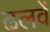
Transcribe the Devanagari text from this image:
ढलवें